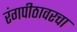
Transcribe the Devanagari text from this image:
रंगपीठावरचा